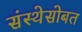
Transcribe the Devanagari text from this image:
संस्थेसोबत